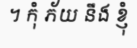
។ កុំ ភ័យ នឹង ខ្ញុំ